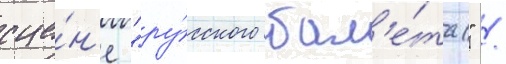
сце́н'е "ру́сского бал'е́та" /